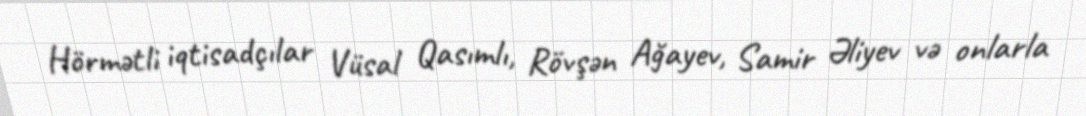
Hörmətli iqtisadçılar Vüsal Qasımlı, Rövşən Ağayev, Samir Əliyev və onlarla